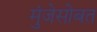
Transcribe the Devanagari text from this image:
मुंजेसोबत